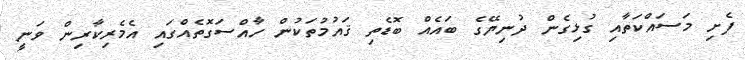
ފެށި މަސައްކަތާއި ގުޅިގެން ދުނިޔޭގެ ބައެއް ބޮޑެތި ޤައުމުތަކުން ހާއްސަގޮތެއްގައި އެމެރިކާރިން ވަނީ